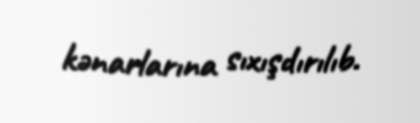
kənarlarına sıxışdırılıb.